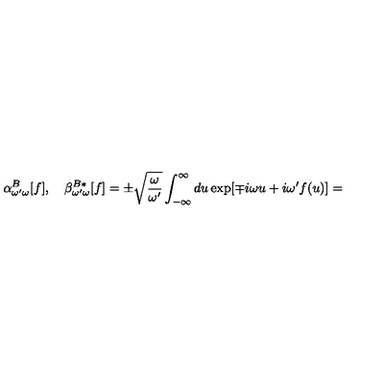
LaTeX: \alpha _ { \omega ^ { \prime } \omega } ^ { B } [ f ] , \quad \beta _ { \omega ^ { \prime } \omega } ^ { B * } [ f ] = \pm \sqrt { \frac { \omega } { \omega ^ { \prime } } } \int _ { - \infty } ^ { \infty } d u \exp [ \mp i \omega u + i \omega ^ { \prime } f ( u ) ] =